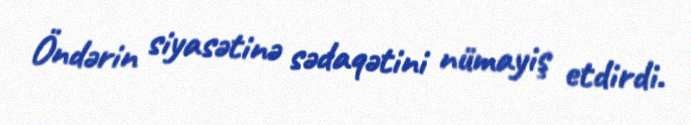
Öndərin siyasətinə sədaqətini nümayiş etdirdi.